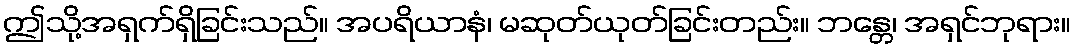
ဤသို့အရှက်ရှိခြင်းသည်။ အပရိယာနံ၊ မဆုတ်ယုတ်ခြင်းတည်း။ ဘန္တေ၊ အရှင်ဘုရား။